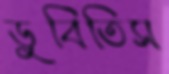
ডুবিতিস